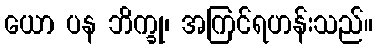
ယော ပန ဘိက္ခု၊ အကြင်ရဟန်းသည်။